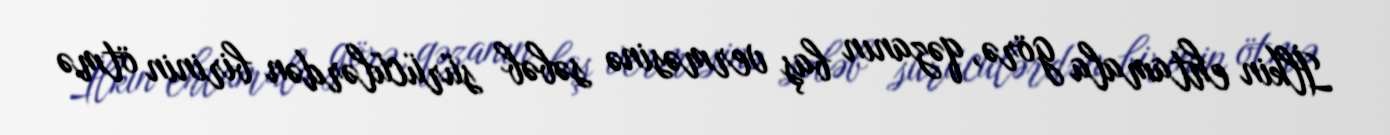
İlkin ehtamala görə, qəzanın baş verməsinə səbəb sürücülərdən birinin ötmə